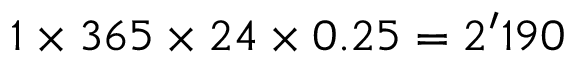
1 \times 3 6 5 \times 2 4 \times 0 . 2 5 = 2 ^ { \prime } 1 9 0